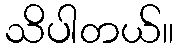
သိပါတယ်။